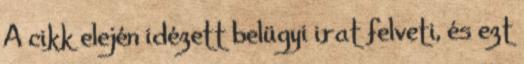
A cikk elején idézett belügyi irat felveti, és ezt